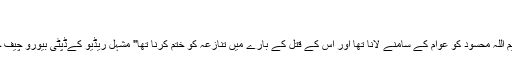
.
"وڈیو جاری کرنے کا بڑا مقصد حکیم اللہ محسود کو عوام کے سامنے لانا تھا اور اس کے قتل کے بارے میں تنازعہ کو ختم کرنا تھا" مشہل ریڈیو کےڈپٹی بیورو چیف خالد خان سنٹرل ایشیا آن لائن کو بتایا۔